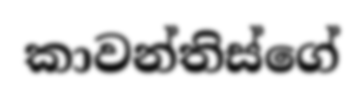
කාවන්තිස්ගේ